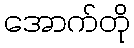
အောက်တို